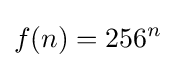
f(n)=256^{n}